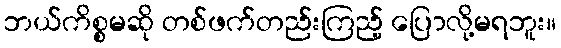
ဘယ်ကိစ္စမဆို တစ်ဖက်တည်းကြည့် ပြောလို့မရဘူး။